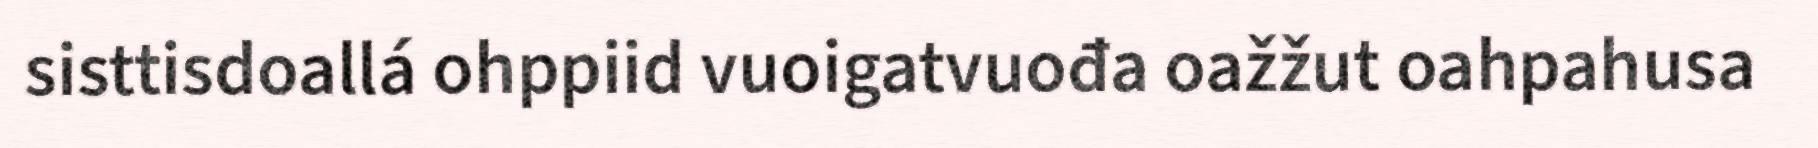
sisttisdoallá ohppiid vuoigatvuođa oažžut oahpahusa